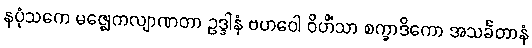
နပုံသကေ မဇ္ဈေကလျာဏတာ ဥဒ္ဒါနံ ဗဟဝေါ ဝိဟိံသာ စက္ခာဒိကော အသင်္ခတာနံ